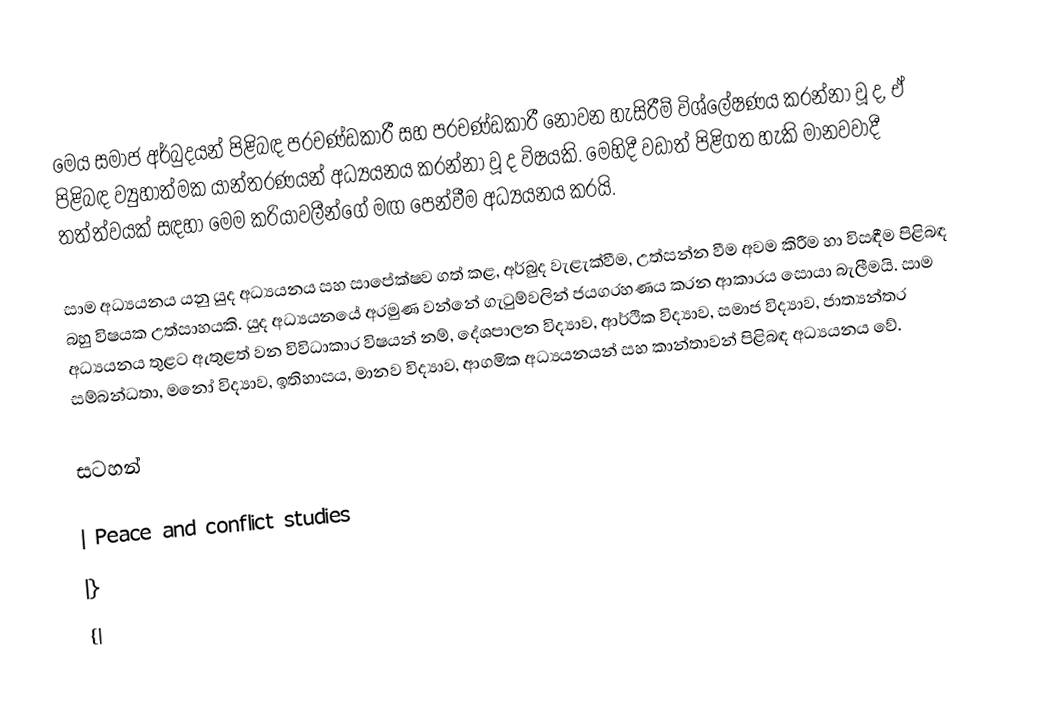
මෙය සමාජ අර්බුදයන් පිළිබඳ ප‍්‍රචණ්ඩකාරී සහ ප‍්‍රචණ්ඩකාරී නොවන හැසිරීම් විශ්ලේෂණය කරන්නා වූ ද, ඒ පිළිබඳ ව්‍යුහාත්මක යාන්ත‍්‍රණයන් අධ්‍යයනය කරන්නා වූ ද විෂයකි. මෙහිදී වඩාත් පිළිගත හැකි මානවවාදී තත්ත්වයක් සඳහා මෙම ක‍්‍රියාවලීන්ගේ මඟ පෙන්වීම අධ්‍යයනය කරයි.

සාම අධ්‍යයනය යනු යුද අධ්‍යයනය සහ සාපේක්ෂව ගත් කළ, අර්බුද වැළැක්වීම, උත්සන්න වීම අවම කිරීම හා විසඳීම පිළිබඳ බහු විෂයක උත්සාහයකි. යුද අධ්‍යයනයේ අරමුණ වන්නේ ගැටුම්වලින් ජයග‍්‍රහණය කරන ආකාරය සොයා බැලීමයි. සාම අධ්‍යයනය තුළට ඇතුළත් වන විවිධාකාර විෂයන් නම්, දේශපාලන විද්‍යාව, ආර්ථික විද්‍යාව, සමාජ විද්‍යාව, ජාත්‍යන්තර සම්බන්ධතා, මනෝ විද්‍යාව, ඉතිහාසය, මානව විද්‍යාව, ආගමික අධ්‍යයනයන් සහ කාන්තාවන් පිළිබඳ අධ්‍යයනය වේ.

සටහන්

| Peace and conflict studies
|}
{|